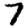
Digit: 7